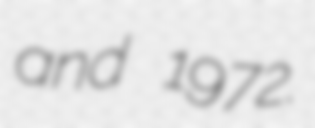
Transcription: and 1972.